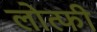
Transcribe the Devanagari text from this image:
लोत्फी